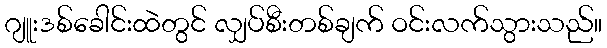
ဂျူးဒစ်ခေါင်းထဲတွင် လျှပ်စီးတစ်ချက် ဝင်းလက်သွားသည်။